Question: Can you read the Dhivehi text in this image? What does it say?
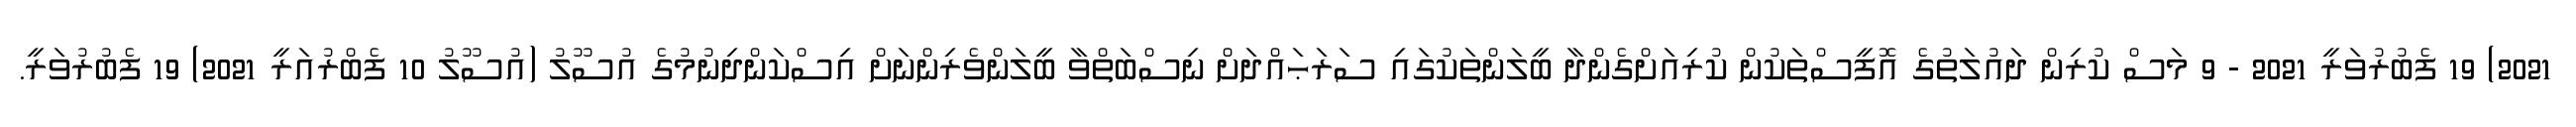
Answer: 2021) 19 ފެބުރުވަރީ 2021 - 9 މަސް ކުރިން ދައުލަތުގެ އޮފީސްތަކުން ކުރިއަށްގެންދާ ބީލަންތަކުގައި ސަރަޙައްދަށް ނިސްބަތްވާ ބީލަންވެރިންނަށް އިސްކަންދިނުމުގެ އުސޫލު (އުސޫލު 10 ފެބްރުއަރީ 2021) 19 ފެބުރުވަރީ.